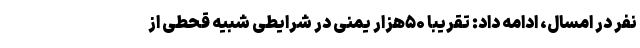
نفر در امسال، ادامه داد: تقریباً ۵۰هزار یمنی در شرایطی شبیه قحطی از